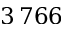
3 \, 7 6 6